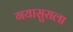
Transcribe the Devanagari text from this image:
गयासुराला